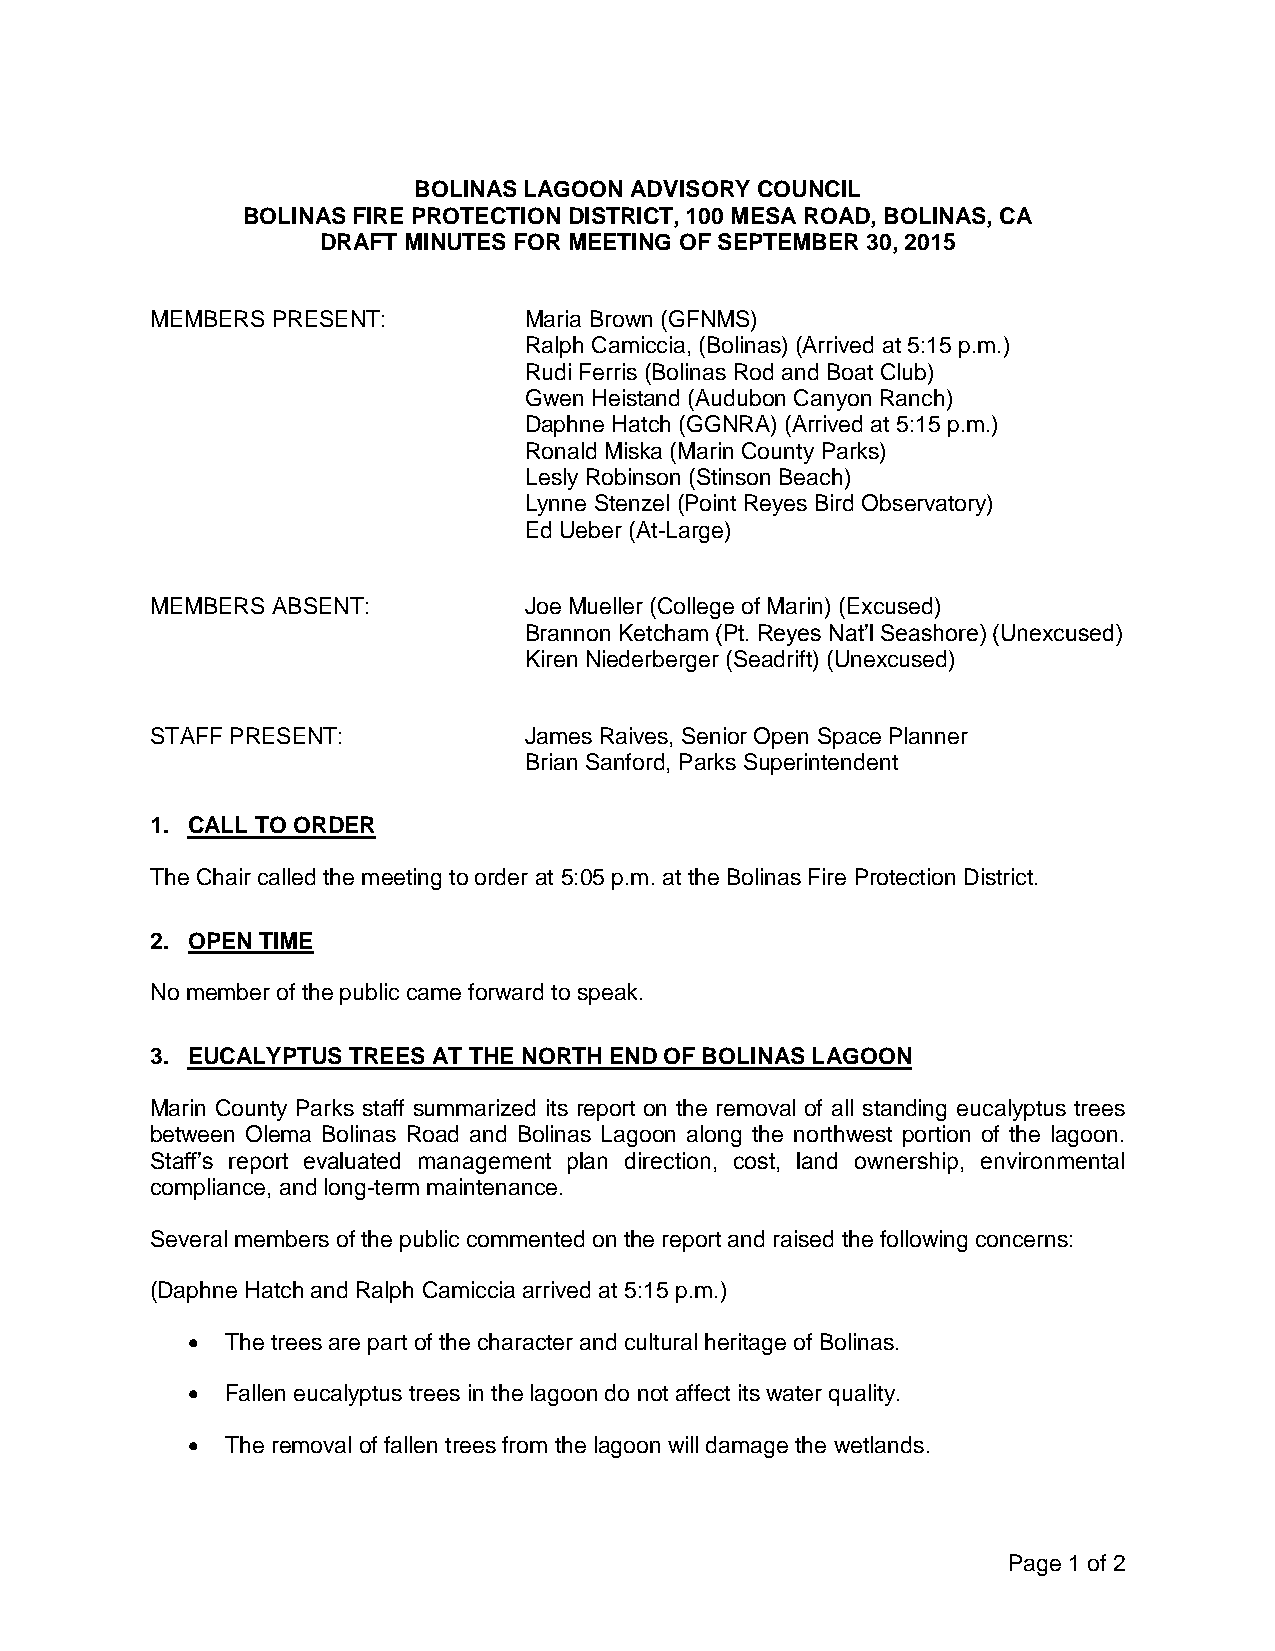
BOLINAS LAGOON ADVISORY COUNCIL
 BOLINAS FIRE PROTECTION DISTRICT, 100 MESA ROAD, BOLINAS, CA
 DRAFT MINUTES FOR MEETING OF SEPTEMBER 30, 2015
 MEMBERS PRESENT:         Maria Brown (GFNMS)
 Ralph Camiccia, (Bolinas) (Arrived at 5:15 p.m.)
 Rudi Ferris (Bolinas Rod and Boat Club)
 Gwen Heistand (Audubon Canyon Ranch)
 Daphne Hatch (GGNRA) (Arrived at 5:15 p.m.)
 Ronald Miska (Marin County Parks)
 Lesly Robinson (Stinson Beach)
 Lynne Stenzel (Point Reyes Bird Observatory)
 Ed Ueber (At-Large)
 MEMBERS ABSENT:          Joe Mueller (College of Marin) (Excused)
 Brannon Ketcham (Pt. Reyes Nat’l Seashore) (Unexcused)
 Kiren Niederberger (Seadrift) (Unexcused)
 STAFF PRESENT:           James Raives, Senior Open Space Planner
 Brian Sanford, Parks Superintendent
 1. CALL TO ORDER
 The Chair called the meeting to order at 5:05 p.m. at the Bolinas Fire Protection District.
 2. OPEN TIME
 No member of the public came forward to speak.
 3. EUCALYPTUS TREES AT THE NORTH END OF BOLINAS LAGOON
 Marin County Parks staff summarized its report on the removal of all standing eucalyptus trees
 between Olema Bolinas Road and Bolinas Lagoon along the northwest portion of the lagoon.
 Staff’s report evaluated management plan direction, cost, land ownership, environmental
 compliance, and long-term maintenance.
 Several members of the public commented on the report and raised the following concerns:
 (Daphne Hatch and Ralph Camiccia arrived at 5:15 p.m.)
   The trees are part of the character and cultural heritage of Bolinas.
   Fallen eucalyptus trees in the lagoon do not affect its water quality.
   The removal of fallen trees from the lagoon will damage the wetlands.
 Page 1 of 2